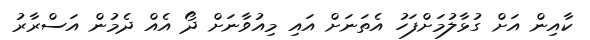
ކާއިން އަށް ގުޅާލުމަށްފަހު އެތަނަށް އައި މިއުވާނަށް ދޯ އެއް ދެމުން އަސްރާރު